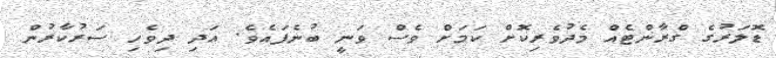
ޑޮލަރުގެ ގްރާންޓެއް މެދުވެރިކޮށް ކަމަށް ވެސް ވަނީ ބުނެފައެވެ. އަދި ދިވެހި ސަރުކާރުން